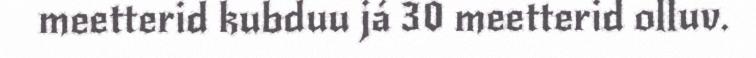
meetterid kubduu já 30 meetterid olluv.